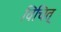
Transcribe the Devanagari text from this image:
विचित्